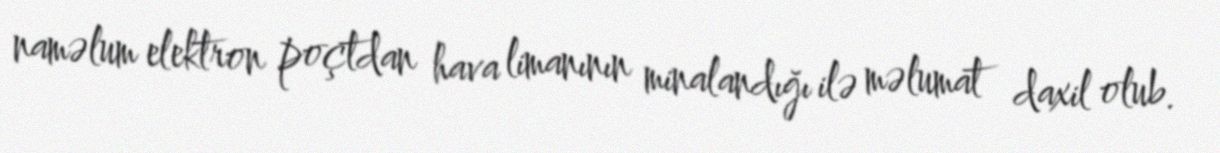
naməlum elektron poçtdan hava limanının minalandığı ilə məlumat daxil olub.